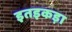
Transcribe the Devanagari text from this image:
इतइकड़ा